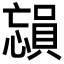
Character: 𪬳